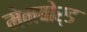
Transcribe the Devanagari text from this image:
मेनबोर्ड